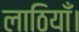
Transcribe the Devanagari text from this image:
लाठियाँ।